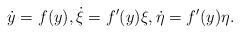
LaTeX: \begin{align*} \dot{y} = f (y) , \dot{ \xi } = f ^\prime (y) \xi, \dot{ \eta } = f ^\prime ( y ) \eta .\end{align*}